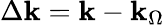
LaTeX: \Delta\mathbf{k}=\mathbf{k}-\mathbf{k}_{\Omega}